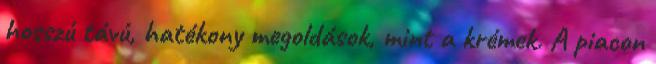
hosszú távú, hatékony megoldások, mint a krémek. A piacon